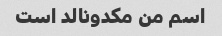
اسم من مکدونالد است